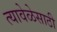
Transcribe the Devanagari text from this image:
त्यावेळेसाठी